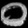
Digit: ၀